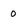
Character: 0